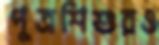
পুত্রশিশুরও